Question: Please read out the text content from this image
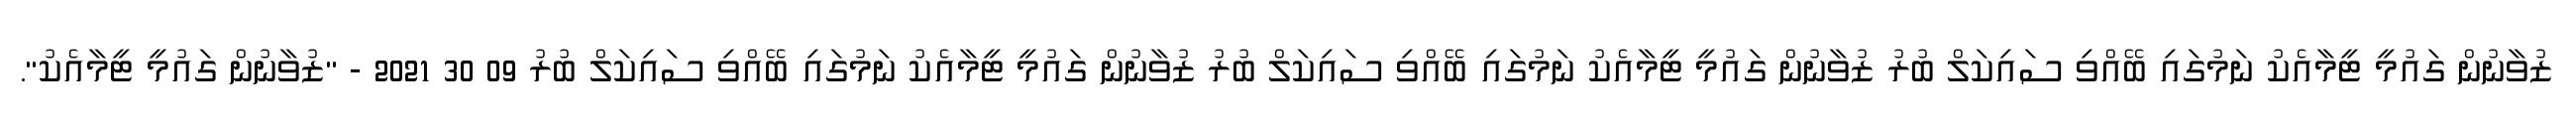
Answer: ޒުވާނުން ގައުމީ ޓީމާއެކު ނަމުގައި ބޭއްވި ސައިކަލް ބުރު ޒުވާނުން ގައުމީ ޓީމާއެކު ނަމުގައި ބޭއްވި ސައިކަލް ބުރު ޒުވާނުން ގައުމީ ޓީމާއެކު ނަމުގައި ބޭއްވި ސައިކަލް ބުރު 09 30 2021 - "ޒުވާނުން ގައުމީ ޓީމާއެކު".